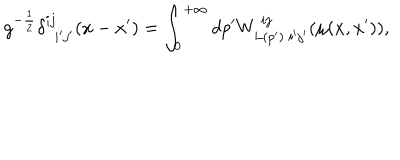
g ^ { - { \frac { 1 } { 2 } } } \delta _ { \ \ i ^ { \prime } j ^ { \prime } } ^ { i j } ( x - x ^ { \prime } ) = \int _ { 0 } ^ { + \infty } d p ^ { \prime } W _ { L ( p ^ { \prime } ) \ i ^ { \prime } j ^ { \prime } } ^ { \ i j } ( \mu ( x , x ^ { \prime } ) ) ,